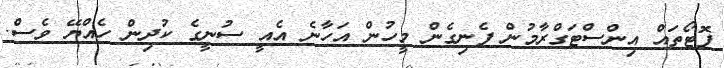
ފޮޓޯތައް އިންސްޓަގްރާމުން ފެނިގެން މީހުން އަހާނެ އެއީ ސުނީގެ ކުދިން ހެއްޔޭ ވެސް.